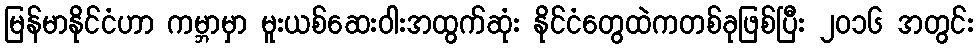
မြန်မာနိုင်ငံဟာ ကမ္ဘာမှာ မူးယစ်ဆေးဝါးအထွက်ဆုံး နိုင်ငံတွေထဲကတစ်ခုဖြစ်ပြီး ၂၀၁၆ အတွင်း